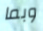
وبما